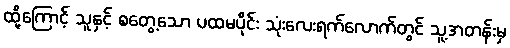
ထို့ကြောင့် သူနှင့် စတွေ့သော ပထမပိုင်း သုံးလေးရက်လောက်တွင် သူ့အတန်းမှ